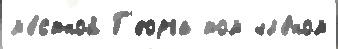
м'е́стной Г'еорга том чл'е́ном